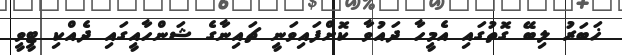
ޚަބަރު ލިބޭ ގޮތުގައި އެމީހާ ދައުވާ ކޮށްފައިވަނީ ޗައިނާގެ ޝަންހާއީގައި ދެއްކި ޓީވީ